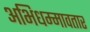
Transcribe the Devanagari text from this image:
अभिधम्मावतार